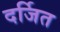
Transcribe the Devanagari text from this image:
दर्जित